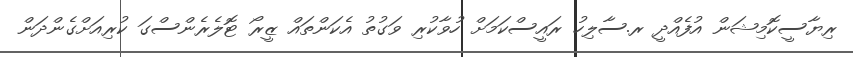
ރިޔާސީކޮމިޝަން އުފެއްދީ ރ.ސާލިހު ރައީސްކަމަށް ހުވާކުރި ވަގުތު އެކަންތައް ޒީރޯ ޓޮލެރެންސްގަ ކުރިއަށްގެންދަން